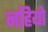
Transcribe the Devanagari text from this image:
नहियो